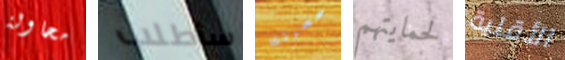
محاولة سأطلب حضرتك لحمايتهم الأقلية